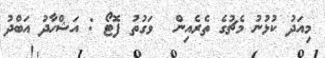
މިއަދު ކުޅުނު މެޗުގެ ތެރެއިން  ވަގުތު ފޮޓޯ : އަޝްހާދު އަބްދު